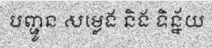
បញ្ជូន សម្លេង និង ទិន្ន័យ